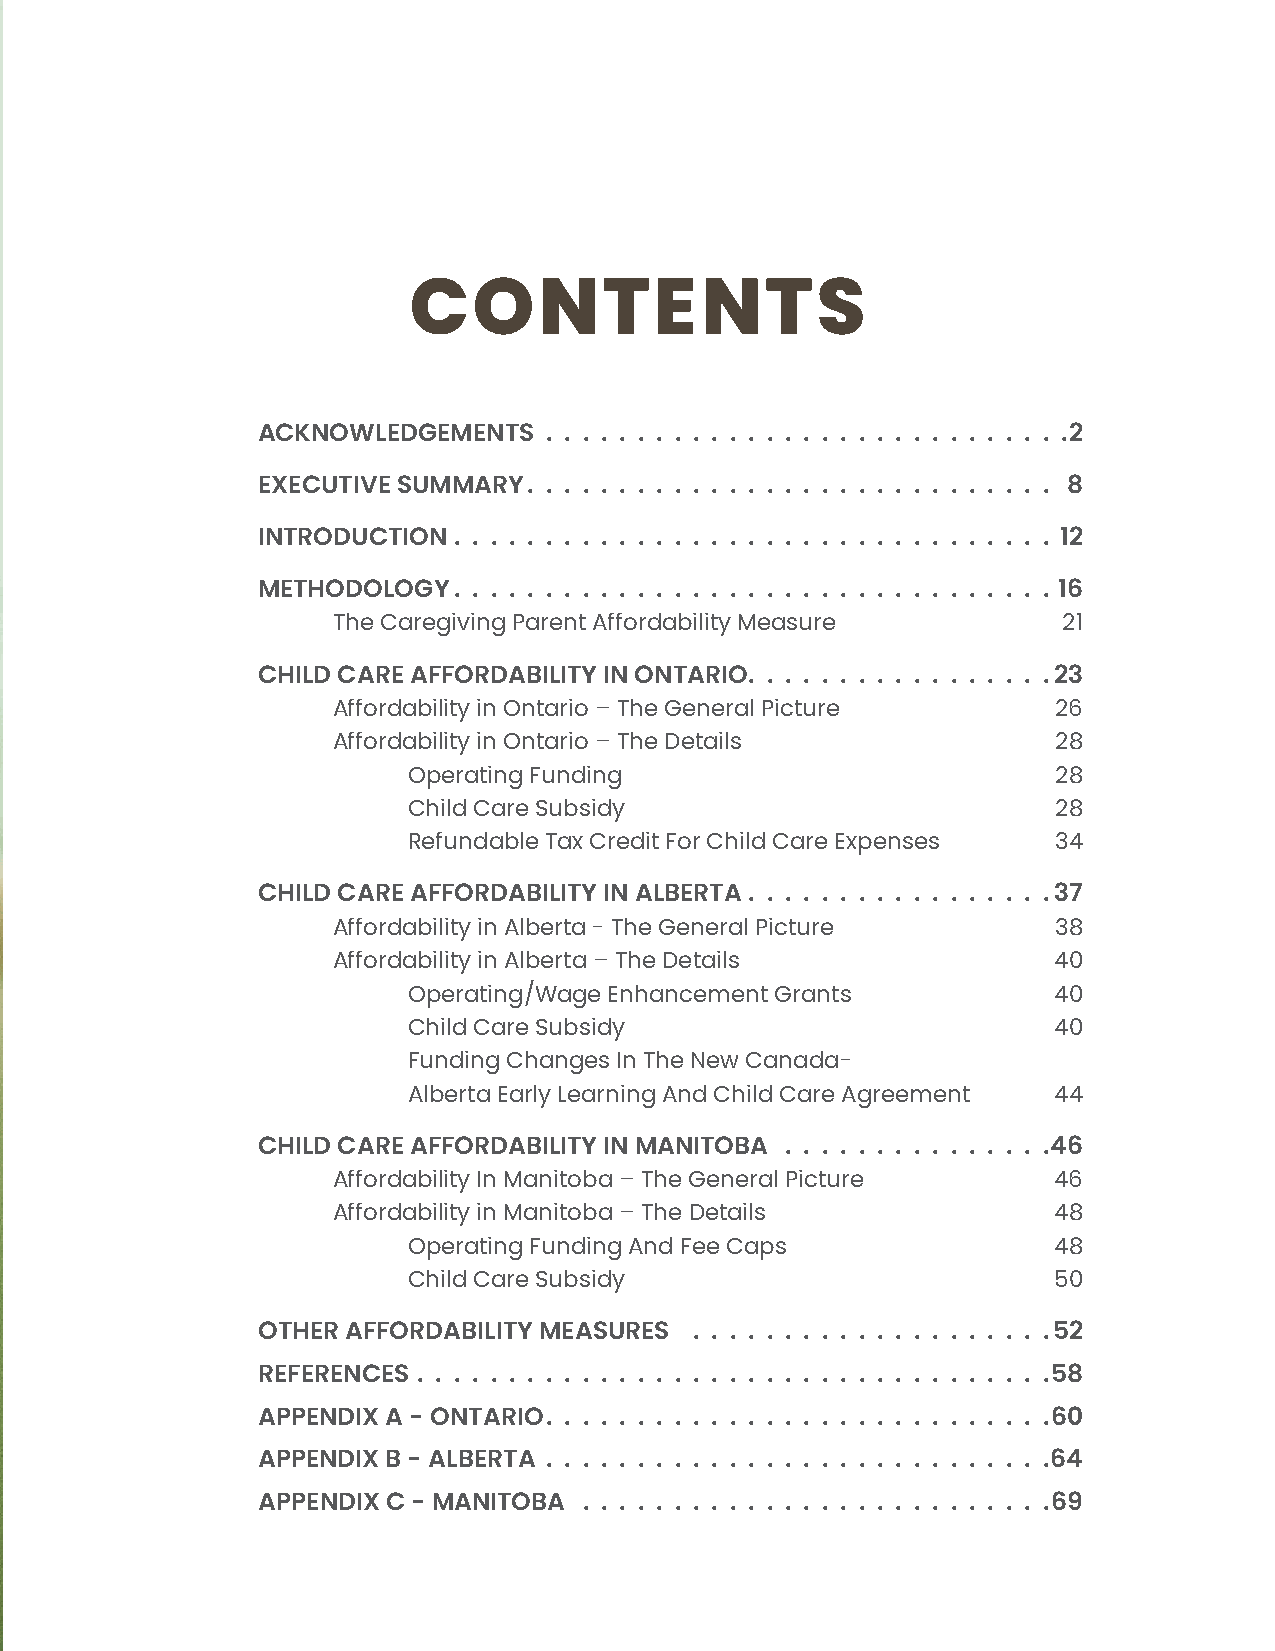
CONTENTS
 ACKNOWLEDGEMENTS                                      2
 EXECUTIVE SUMMARY                                     8
 INTRODUCTION                                         12
 METHODOLOGY                                          16
 The Caregiving Parent Affordability Measure     21
 CHILD CARE AFFORDABILITY IN ONTARIO                  23
 Affordability in Ontario – The General Picture  26
 Affordability in Ontario – The Details          28
 Operating Funding                          28
 Child Care Subsidy                         28
 Refundable Tax Credit For Child Care Expenses 34
 CHILD CARE AFFORDABILITY IN ALBERTA                  37
 Affordability in Alberta - The General Picture  38
 Affordability in Alberta – The Details          40
 Operating/Wage Enhancement Grants          40
 Child Care Subsidy                         40
 Funding Changes In The New Canada-
 Alberta Early Learning And Child Care Agreement 44
 CHILD CARE AFFORDABILITY IN MANITOBA                 46
 Affordability In Manitoba – The General Picture 46
 Affordability in Manitoba – The Details         48
 Operating Funding And Fee Caps             48
 Child Care Subsidy                         50
 OTHER AFFORDABILITY MEASURES                         52
 REFERENCES                                           58
 APPENDIX A - ONTARIO                                 60
 APPENDIX B - ALBERTA                                 64
 APPENDIX C - MANITOBA                                69